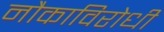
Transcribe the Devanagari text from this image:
नौकाविरोधी